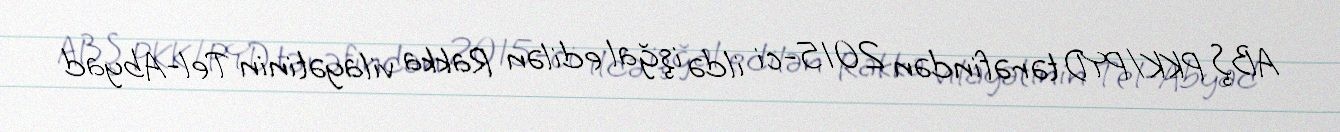
ABŞ PKK/PYD tərəfindən 2015-ci ildə işğal edilən Rakka vilayətinin Tel-Abyad